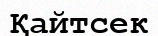
Қайтсек